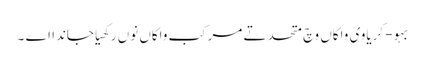
بہو- کریاوی واکاں وچ متحد تے مرکب واکاں نوں رکھیا جاندا اے ۔